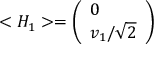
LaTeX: < H _ { 1 } > = \left( \begin{array} { l } { { 0 } } \\ { { v _ { 1 } / \sqrt { 2 } } } \end{array} \right) \;